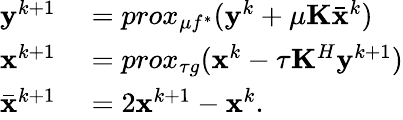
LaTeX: \begin{array}{rl}{\mathbf{y}^{k+1}}&{{}=prox_{\mu f^{*}}(\mathbf{y}^{k}+\mu\mathbf{K}\bar{\mathbf{x}}^{k})}\\ {\mathbf{x}^{k+1}}&{{}=prox_{\tau g}(\mathbf{x}^{k}-\tau\mathbf{K}^{H}\mathbf{y}^{k+1})}\\ {\bar{\mathbf{x}}^{k+1}}&{{}=2\mathbf{x}^{k+1}-\mathbf{x}^{k}.}\end{array}